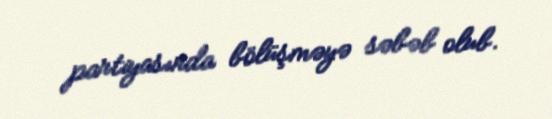
partiyasında bölüşməyə səbəb olub.